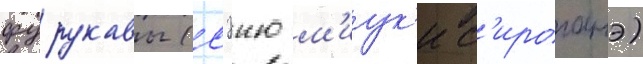
фурукавы (сэию м'иук'и с'ироганэ)